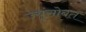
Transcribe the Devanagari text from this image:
ज्यूंसोबत